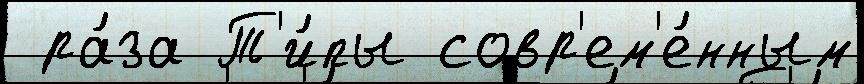
 ра́за Т'и́пы совр'ем'е́нным